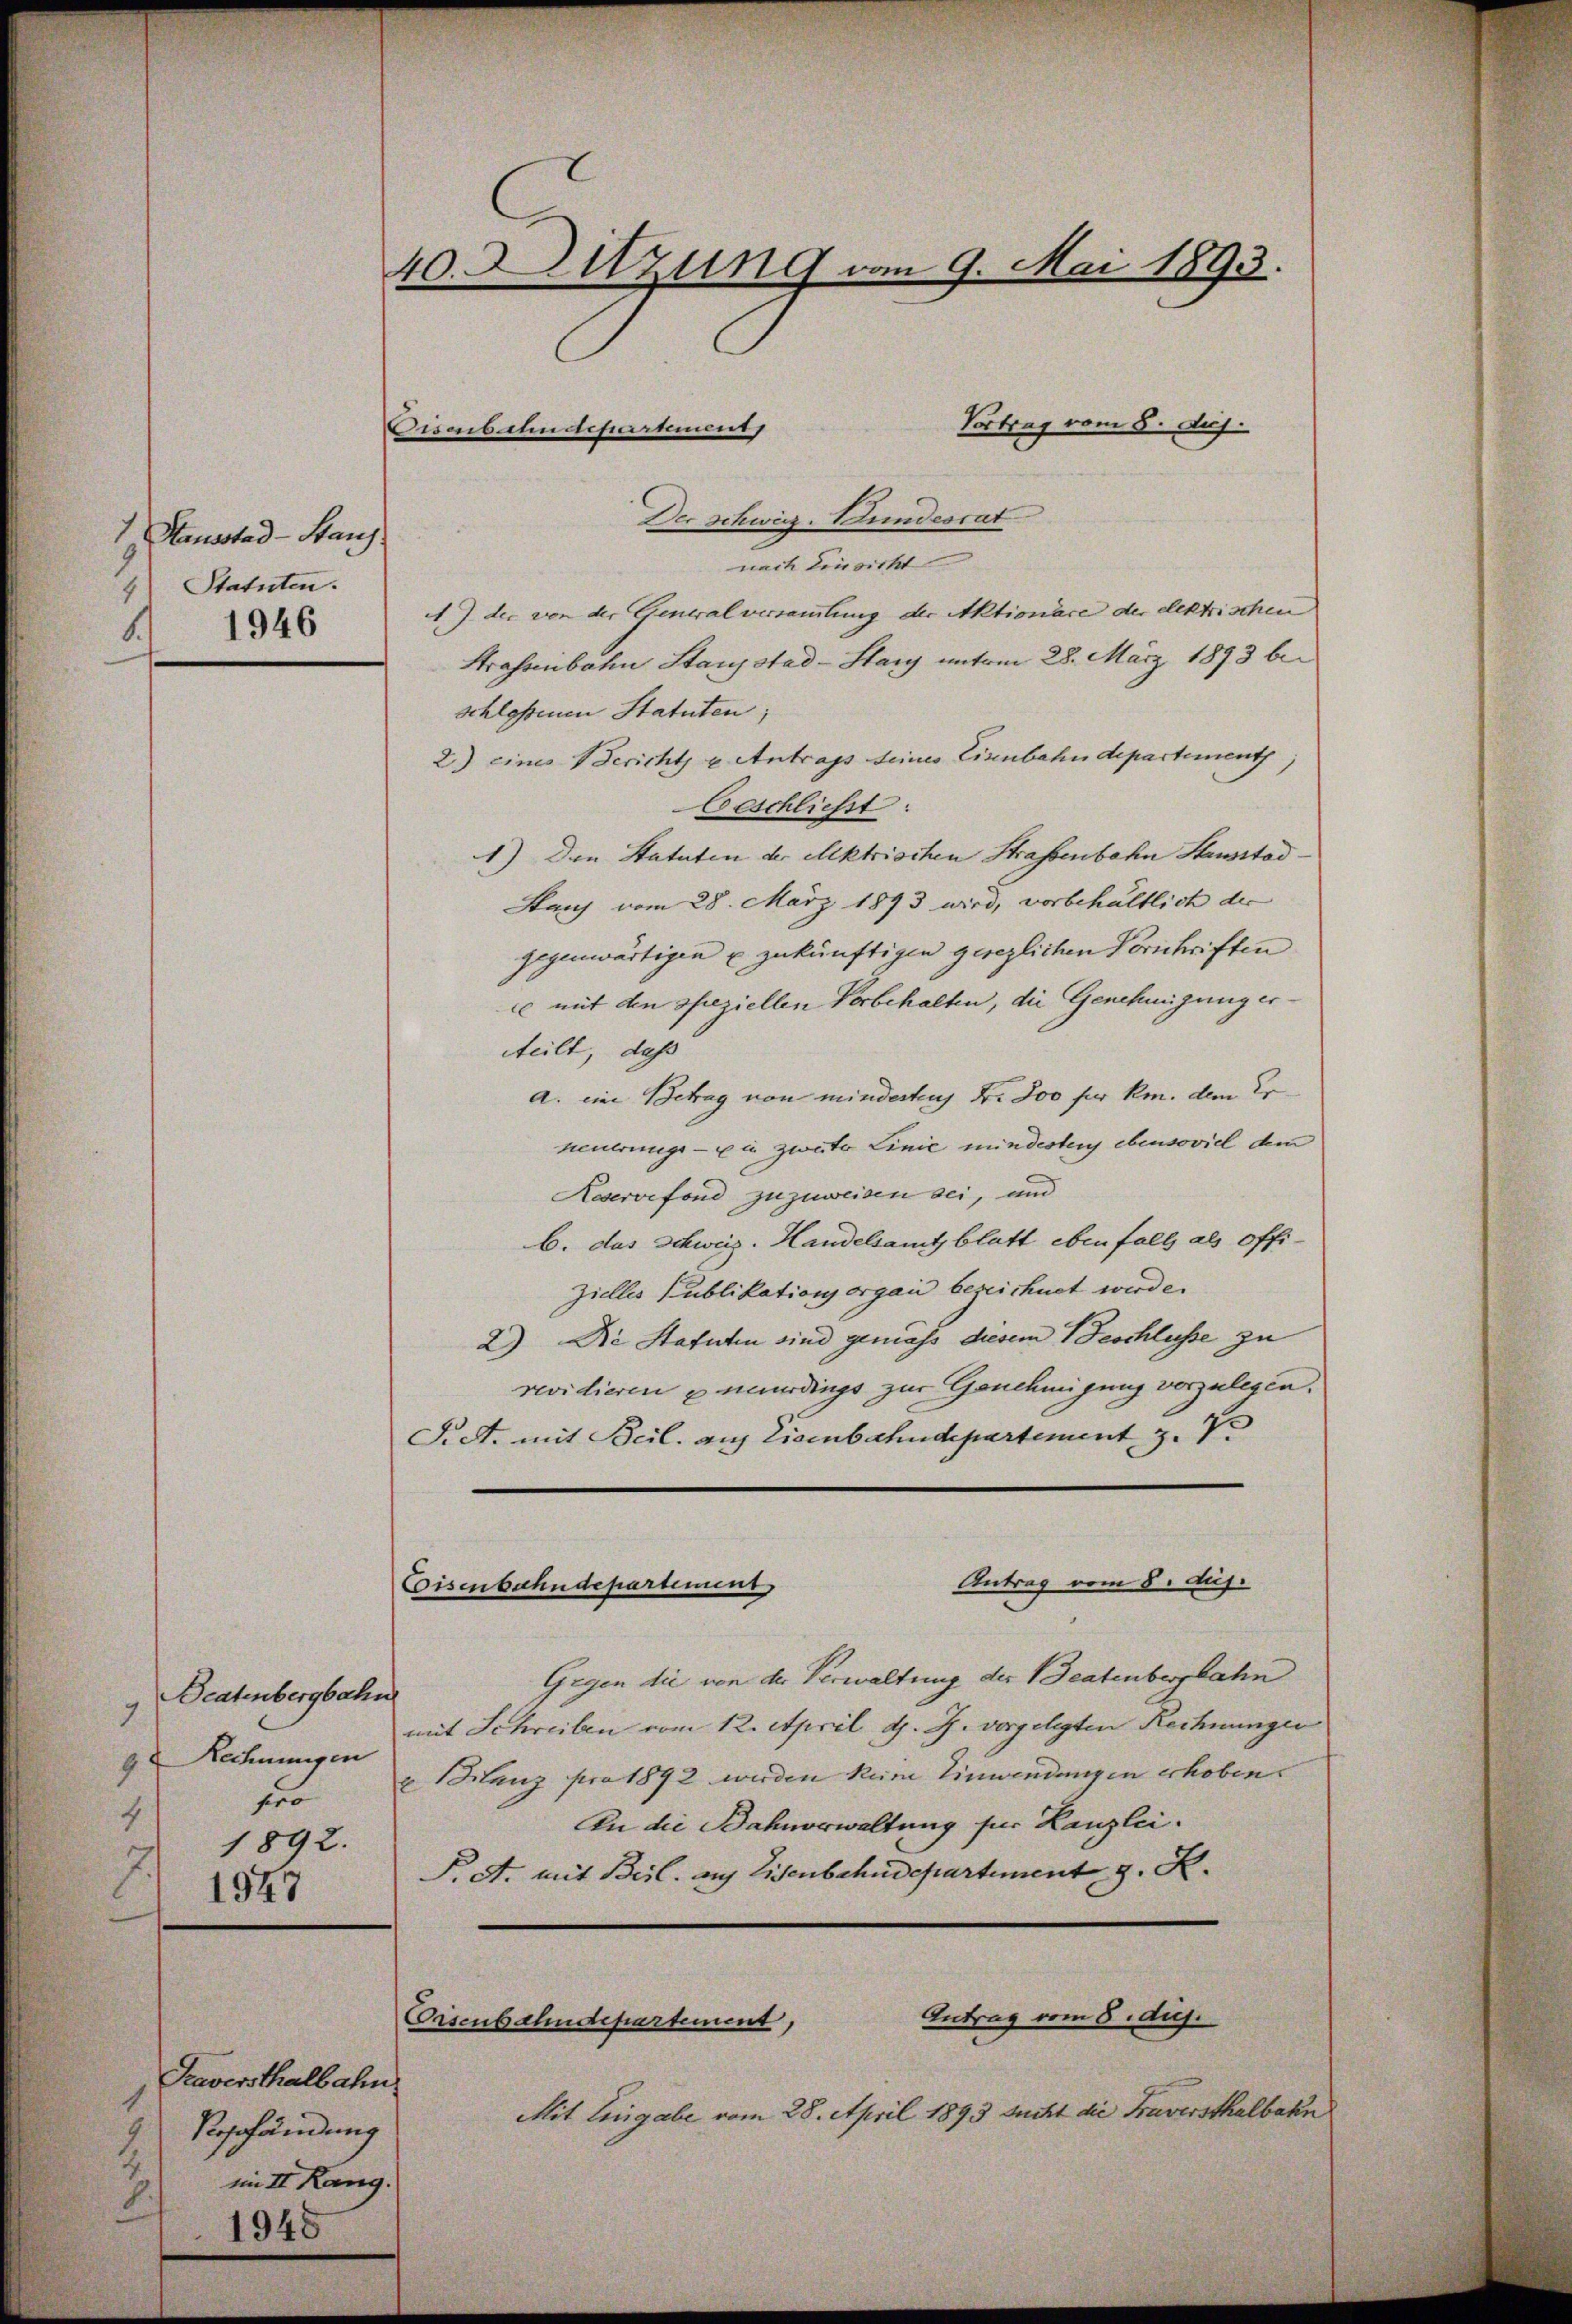
Sausstad-Stanz
9
4) Statuten.
1946
1.

Beatenbergbahn
7
9. Rechnungen
fer
4
1892.
1947

Seeversthalbahn
1
4
Rosfändung
im II. Rang.
1948

40. Sitzung vom 9. Mai 1893.
e

Vortrag vom 8. Aus
Der Schweiz. Bundesrat
nach Einsicht
A. J. der von der Generalversammlung der Aktionäre der elektrischen
Strassenbahn Stanzstad-Stary unterm 28. März 1893 beschloßenen Statuten;
2) eines Bericht u Antrags seines Eisenbahndepartement,
Geschließt:
1) Den Statuten der Aktrischen Strassenbahn Stausstad
Stanz vom 28. März 1893 wird, vorbehältlich der
gegenwärtigen u zukünftigen gesezlichen Vorschriften
c mit den speziellen Vorbehalten, die Genehmigung ertteilt, daß
a. eine Betrag von minderten Dr. Joo fr km. dem Erneuerunge - zu zweiter Linie mindesten ebensoviel dem
Reservefond zuzuweisen sei, und
b. das Schweiz. Handelsamtsblatt ebenfalls als offizielles Publikationsorgan bezeichnet werde.
2) Die Statuten sind gemäss diesem Beschlusse zu
revidieren & neuerdings zur Genehmigung vorzulegen.
Fict. mit Beil. auf Eisenbahndepartement z. Ve
Antrag vom 8. huj.
Eisenbahndepartement
Gegen die von der Verwaltung der Beatenbergbahn
t
mit Schreiben vom 12. April d. J. vorgelegten Rechnungen
2 Manz pro 1892 wurden kum Einwendungen erhoben.
An die Bahnerwaltung für Kanzlei.
F. A. mit Beil. auf Eisenbahndepartement z. R.

Cisenbahndepartement

Antrag vom 8. duj.
Eisenbahndepartement,

Mit Eingabe vom 28. April 1893 sucht die Fraversthalbahn